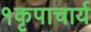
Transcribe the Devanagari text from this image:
१कृपाचार्य